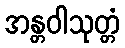
အန္တဝါသုတ္တံ